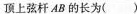
顶上弦杆AB的长为()